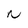
Character: N